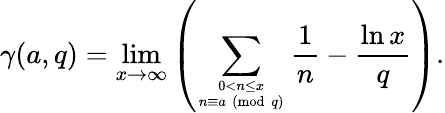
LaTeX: \gamma(a,q)=\operatorname*{lim}_{x\to\infty}\left(\sum_{0<n\leq x\atop n\equiv a{\pmod{q}}}{\frac{1}{n}}-{\frac{\ln x}{q}}\right).